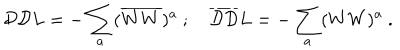
LaTeX: { \cal D D } L = - \sum _ { a } ( \overline { { { W W } } } ) ^ { a } ~ ; ~ \overline { { { \cal D D } } } L = - \sum _ { a } ( W W ) ^ { a } ~ .